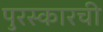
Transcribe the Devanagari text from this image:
पुरस्कारची